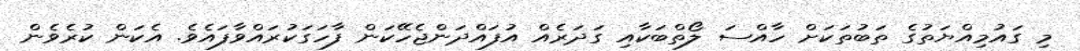
މި ގައުމިއްޔަތުގެ ތަބުތަކަށް ހާއްސަ ލޯތްބަކާއި ގަދަރެއް އުފައްދަންޖެހޭކަން ފާހަގަކުރައްވާފައެވެ. އެކަން ކުރެވެން